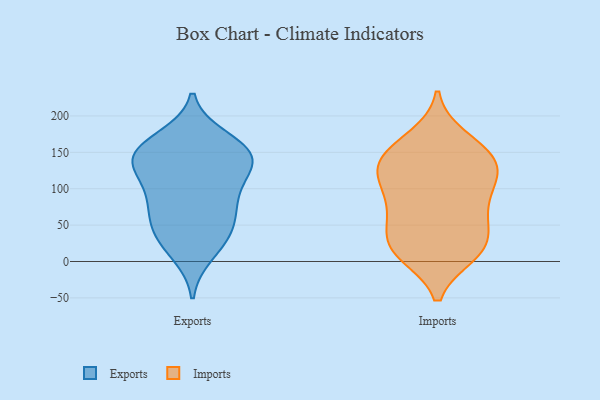
{"axis": {"x": "Active Users", "y": "Value"}, "legend": ["Exports", "Imports"], "data": [{"x": "", "y": 61, "type": "Exports"}, {"x": "", "y": 85, "type": "Exports"}, {"x": "", "y": 152, "type": "Exports"}, {"x": "", "y": 26, "type": "Exports"}, {"x": "", "y": 160, "type": "Exports"}, {"x": "", "y": 113, "type": "Exports"}, {"x": "", "y": 169, "type": "Exports"}, {"x": "", "y": 75, "type": "Exports"}, {"x": "", "y": 43, "type": "Exports"}, {"x": "", "y": 129, "type": "Exports"}, {"x": "", "y": 41, "type": "Exports"}, {"x": "", "y": 147, "type": "Exports"}, {"x": "", "y": 146, "type": "Exports"}, {"x": "", "y": 141, "type": "Exports"}, {"x": "", "y": 11, "type": "Exports"}, {"x": "", "y": 92, "type": "Exports"}, {"x": "", "y": 134, "type": "Exports"}, {"x": "", "y": 116, "type": "Imports"}, {"x": "", "y": 10, "type": "Imports"}, {"x": "", "y": 14, "type": "Imports"}, {"x": "", "y": 97, "type": "Imports"}, {"x": "", "y": 116, "type": "Imports"}, {"x": "", "y": 67, "type": "Imports"}, {"x": "", "y": 127, "type": "Imports"}, {"x": "", "y": 13, "type": "Imports"}, {"x": "", "y": 16, "type": "Imports"}, {"x": "", "y": 37, "type": "Imports"}, {"x": "", "y": 26, "type": "Imports"}, {"x": "", "y": 142, "type": "Imports"}, {"x": "", "y": 128, "type": "Imports"}, {"x": "", "y": 170, "type": "Imports"}, {"x": "", "y": 87, "type": "Imports"}, {"x": "", "y": 58, "type": "Imports"}, {"x": "", "y": 135, "type": "Imports"}, {"x": "", "y": 161, "type": "Imports"}, {"x": "", "y": 151, "type": "Imports"}, {"x": "", "y": 67, "type": "Imports"}]}